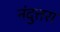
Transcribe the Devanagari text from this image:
नंदुत्तरा